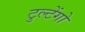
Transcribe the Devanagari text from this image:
टुल्टेंगो